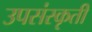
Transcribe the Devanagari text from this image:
उपसंस्कृती